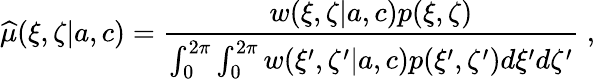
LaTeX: {\widehat\mu}(\xi,\zeta|{a},{c})=\frac{w(\xi,\zeta|{a},{c})p(\xi,\zeta)}{\int_{0}^{2\pi}\int_{0}^{2\pi}w(\xi^{\prime},\zeta^{\prime}|{a},{c})p(\xi^{\prime},\zeta^{\prime})d\xi^{\prime}d\zeta^{\prime}}\; ,